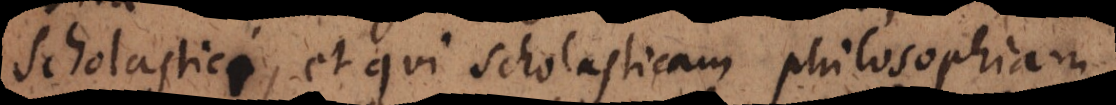
Scholastici, et qui Scholasticam philosophiam